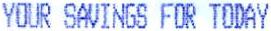
YOUR SAVINGS FOR TODAY